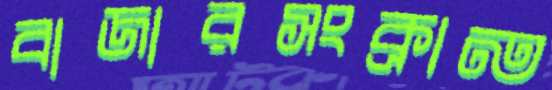
বাজারসংক্রান্ত